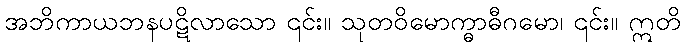
အဘိကာယဘနပဋိလာသော ၎င်း။ သုတဝိမောက္ဓာဓီဂမော၊ ၎င်း။ ဣတိ